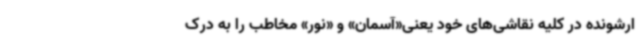
ارشونده در کلیه نقاشی‌های خود یعنی«آسمان» و «نور» مخاطب را به درک